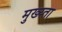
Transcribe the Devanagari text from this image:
मुख्य्ता